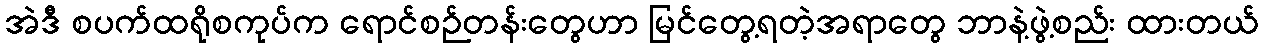
အဲဒီ စပက်ထရိုစကုပ်က ရောင်စဉ်တန်းတွေဟာ မြင်တွေ့ရတဲ့အရာတွေ ဘာနဲ့ဖွဲ့စည်း ထားတယ်